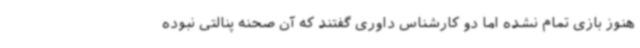
هنوز بازی تمام نشده اما دو کارشناس داوری گفتند که آن صحنه پنالتی نبوده